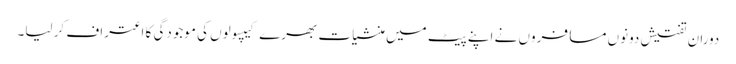
دوران تفتیش دونوں مسافروں نے اپنے پیٹ میں منشیات بھرے کیپسولوں کی موجودگی کا اعتراف کر لیا۔